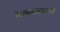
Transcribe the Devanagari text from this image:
माणसाळतात